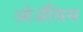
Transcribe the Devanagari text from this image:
ओॲसिस